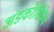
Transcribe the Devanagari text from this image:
अंडकोशिकेचे